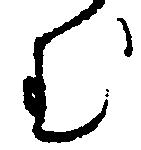
む